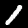
Digit: 1